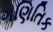
ગણિતિક